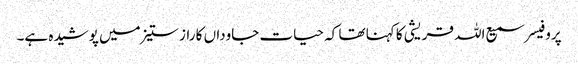
پروفیسر سمیع اللہ قریشی کا کہنا تھا کہ حیات جاوداں کا راز ستیز میں پوشیدہ ہے۔